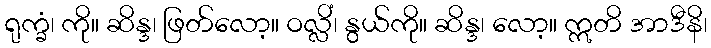
ရုက္ခံ၊ ကို။ ဆိန္ဒ၊ ဖြတ်လော့။ ဝလ္လိံ၊ နွယ်ကို။ ဆိန္ဒ၊ လော့။ ဣတိ အာဒီနိ၊